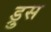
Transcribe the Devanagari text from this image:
ड्रुस